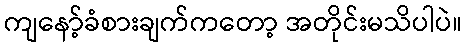
ကျနော့်ခံစားချက်ကတော့ အတိုင်းမသိပါပဲ။